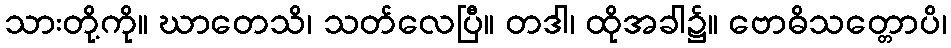
သားတို့ကို။ ဃာတေသိ၊ သတ်လေပြီ။ တဒါ၊ ထိုအခါ၌။ ဗောဓိသတ္တောပိ၊